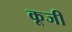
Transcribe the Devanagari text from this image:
कूजी